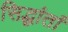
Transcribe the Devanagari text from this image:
सिद्धांतां